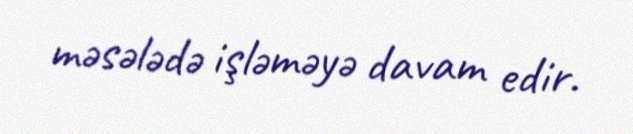
məsələdə işləməyə davam edir.